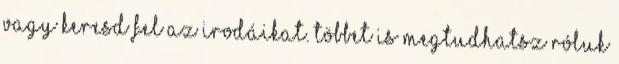
vagy keresd fel az irodáikat. Többet is megtudhatsz róluk